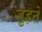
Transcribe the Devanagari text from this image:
जु़ड़ते